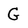
Character: G